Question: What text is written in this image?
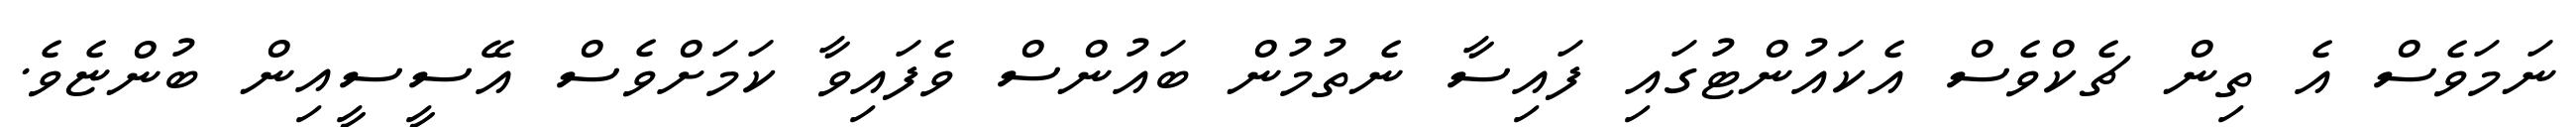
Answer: ނަމަވެސް އެ ތިން ޗެކްވެސް އެކައުންޓުގައި ފައިސާ ނެތުމުން ބައުންސް ވެފައިވާ ކަމަށްވެސް އޭސީސީއިން ބުންޏެވެ.